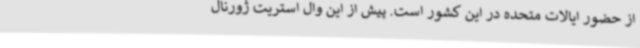
از حضور ایالات متحده در این کشور است. پیش از این وال استریت ژورنال